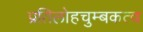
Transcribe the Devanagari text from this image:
प्रतिलोहचुम्बकत्व